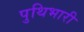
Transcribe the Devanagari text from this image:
पुथिभारी